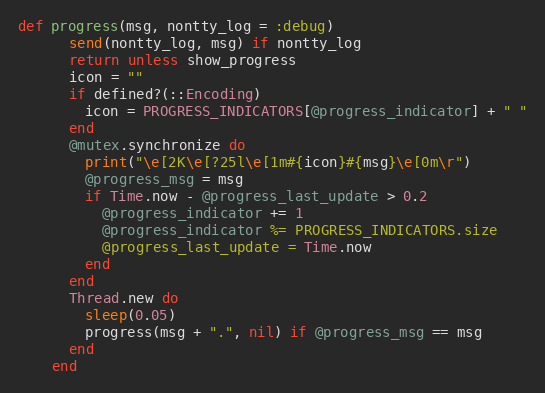
Language: Ruby
def progress(msg, nontty_log = :debug)
      send(nontty_log, msg) if nontty_log
      return unless show_progress
      icon = ""
      if defined?(::Encoding)
        icon = PROGRESS_INDICATORS[@progress_indicator] + " "
      end
      @mutex.synchronize do
        print("\e[2K\e[?25l\e[1m#{icon}#{msg}\e[0m\r")
        @progress_msg = msg
        if Time.now - @progress_last_update > 0.2
          @progress_indicator += 1
          @progress_indicator %= PROGRESS_INDICATORS.size
          @progress_last_update = Time.now
        end
      end
      Thread.new do
        sleep(0.05)
        progress(msg + ".", nil) if @progress_msg == msg
      end
    end